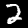
Digit: 2